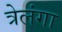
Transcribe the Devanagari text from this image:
त्रेलंगा